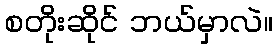
စတိုးဆိုင် ဘယ်မှာလဲ။